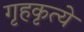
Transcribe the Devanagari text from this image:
गृहकृत्ये